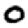
Digit: 0